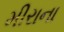
મીરાના